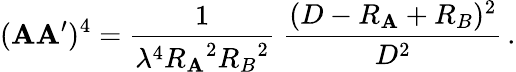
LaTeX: (\mathbf{A}\mathbf{A}^{\prime})^{4}={\frac{{1}}{{\lambda^{4}{R_{\mathbf{A}}}^{2}{R_{B}}^{2}}}}\; {\frac{{(D-R_{\mathbf{A}}+R_{B})^{2}}}{{D^{2}}}}\, .